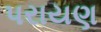
પરાયણ